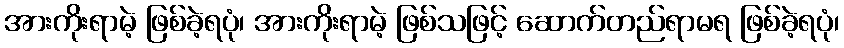
အားကိုးရာမဲ့ ဖြစ်ခဲ့ရပုံ၊ အားကိုးရာမဲ့ ဖြစ်သဖြင့် ဆောက်တည်ရာမရ ဖြစ်ခဲ့ရပုံ၊